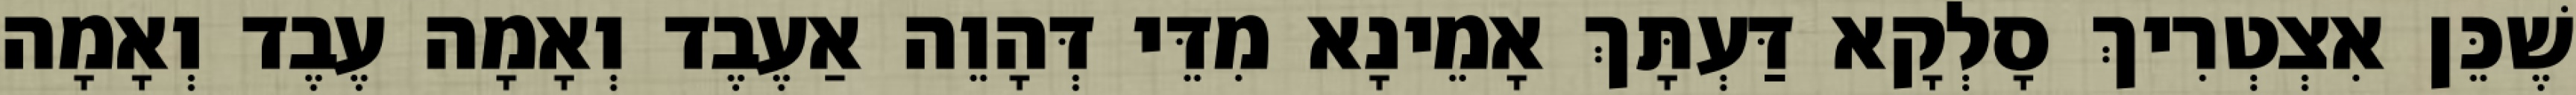
שֶׁכֵּן אִצְטְרִיךְ סָלְקָא דַּעְתָּךְ אָמֵינָא מִדֵּי דְּהָוֵה אַעֶבֶד וְאָמָה עֶבֶד וְאָמָה